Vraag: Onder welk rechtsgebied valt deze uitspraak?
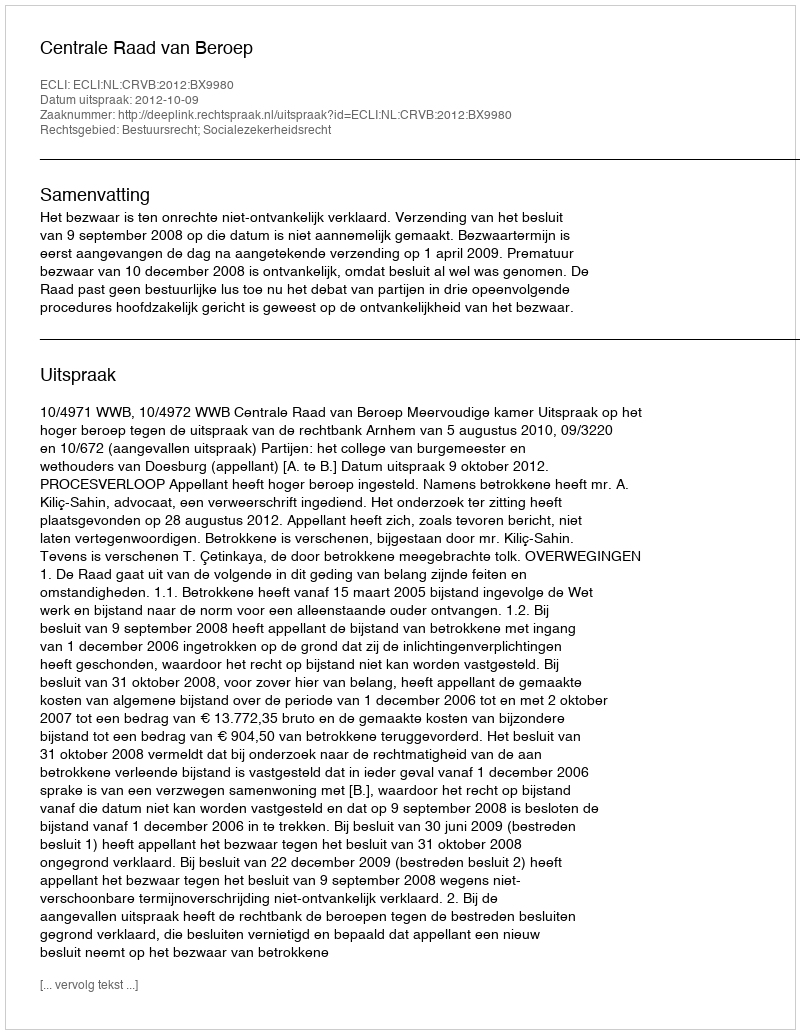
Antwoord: Bestuursrecht; Socialezekerheidsrecht